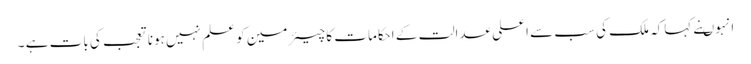
انہوںنے کہاکہ ملک کی سب سے اعلی عدالت کے احکامات کا چیئرمین کو علم نہیں ہونا تعجب کی بات ہے ۔